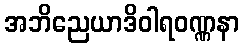
အဘိညေယာဒိဝါရဝဏ္ဏနာ